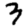
Digit: 3